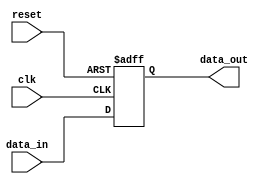
module variable_width_bypass_register 
  #(parameter DATA_WIDTH = 8) 
  (
  input clk,
  input reset,
  input [DATA_WIDTH-1:0] data_in,
  output reg [DATA_WIDTH-1:0] data_out
  );
  
  reg [DATA_WIDTH-1:0] register;

  always @(posedge clk or posedge reset) begin
    if (reset) begin
      register <= 0;
    end else begin
      register <= data_in;
    end
  end

  assign data_out = register;

endmodule